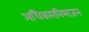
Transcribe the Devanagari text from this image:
अधिकारविभाजन